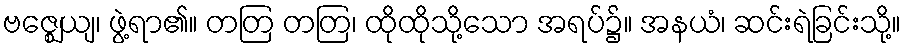
ဗဇ္ဈေယျ၊ ဖွဲ့ရာ၏။ တတြ တတြ၊ ထိုထိုသို့သော အရပ်၌။ အနယံ၊ ဆင်းရဲခြင်းသို့။